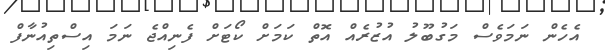
އެހެން ނަމަވެސް މަގުބޫލު އުޒުރެއް އޮތް ކަމަށް ކޯޓަށް ފެނިއްޖެ ނަމަ އިސްތިއުނާފް